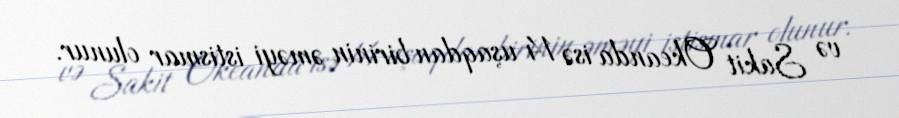
və Sakit Okeanda isə 14 uşaqdan birinin əməyi istismar olunur.